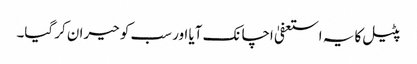
پٹیل کا یہ استعفیٰ اچانک آیا اور سب کو حیران کر گیا۔